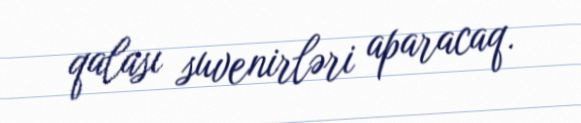
qalası suvenirləri aparacaq.